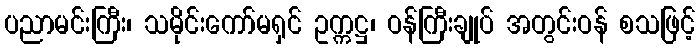
ပညာမင်းကြီး၊ သမိုင်းကော်မရှင် ဥက္ကဋ္ဌ၊ ဝန်ကြီးချုပ် အတွင်းဝန် စသဖြင့်